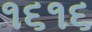
૧૬૧૬